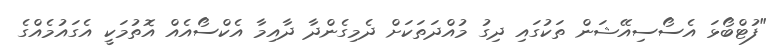
"ފުޓްބޯޅަ އެސޯސިއޭޝަން ތަކުގައި ދިގު މުއްދަތަކަށް ދެމިގެންދާ ދާއިމާ އެކްސޯއެއް އޮތުމަކީ އެގައުމެއްގެ